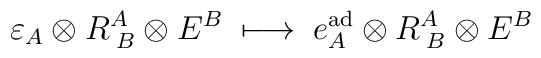
\varepsilon_A \otimes R_{\; B}^A \otimes E^B \;\longmapsto \; e_A^{\rm ad}\otimes R_{\; B}^A \otimes E^B